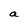
Character: a